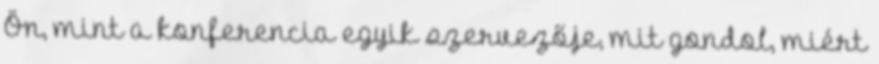
Ön, mint a konferencia egyik szervezője, mit gondol, miért